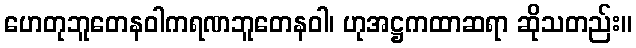
ဟေတုဘူတေနဝါကရဏဘူတေနဝါ၊ ဟုအဋ္ဌကထာဆရာ ဆိုသတည်း။